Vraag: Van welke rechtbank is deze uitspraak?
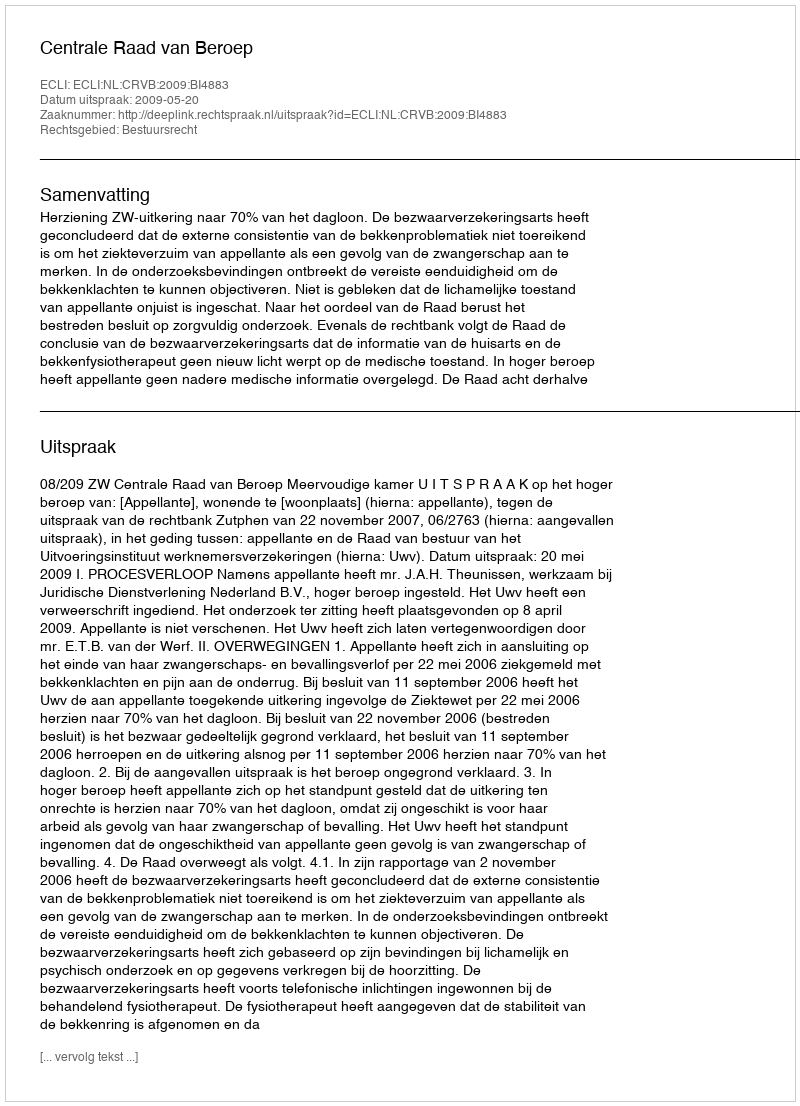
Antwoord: Centrale Raad van Beroep